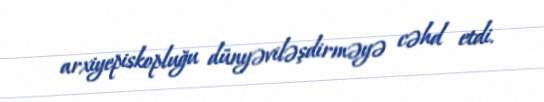
arxiyepiskopluğu dünyəviləşdirməyə cəhd etdi.